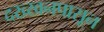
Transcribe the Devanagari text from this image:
दख्खनपासून